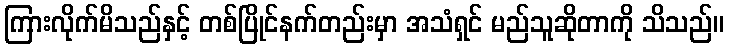
ကြားလိုက်မိသည်နှင့် တစ်ပြိုင်နက်တည်းမှာ အသံရှင် မည်သူဆိုတာကို သိသည်။